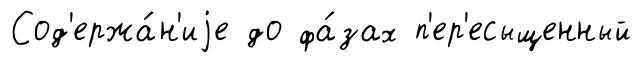
Сод'ержа́н'иjе до фа́зах п'ер'есыщенный